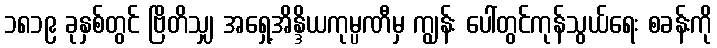
၁၈၁၉ ခုနှစ်တွင် ဗြိတိသျှ အရှေ့အိန္ဒိယကုမ္ပဏီမှ ကျွန်း ပေါ်တွင်ကုန်သွယ်ရေး စခန်းကို